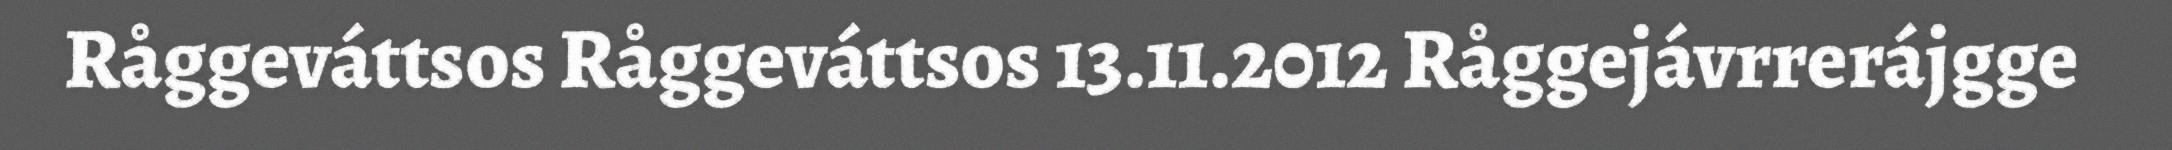
Råggeváttsos Råggeváttsos 13.11.2012 Råggejávrrerájgge